Leaving Certificate Examination, 1919, 1919
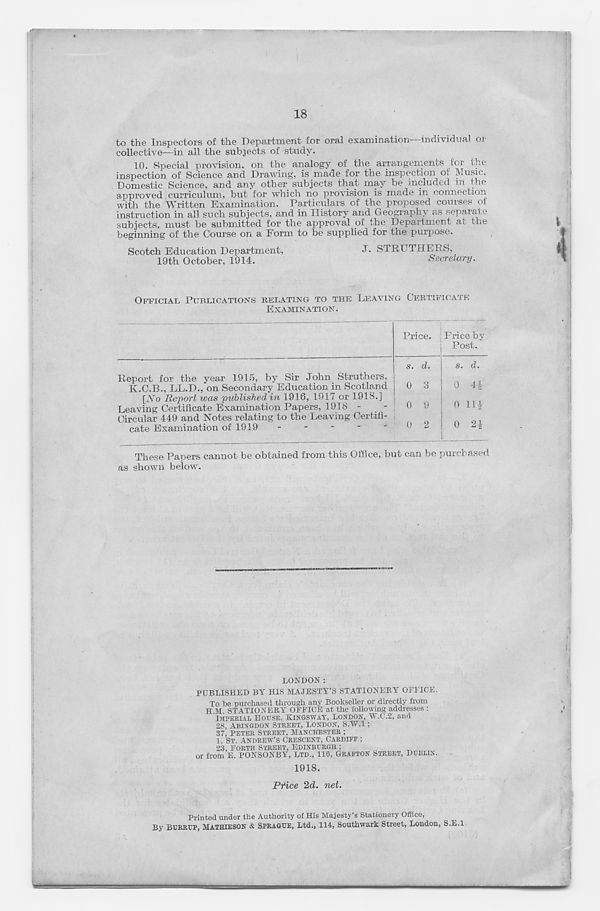
18
to the Inspectors of the Department for oral examination individual or
collective—in all the subjects of study.
10. Special provision, on the analogy of the arrangements for the
inspection of Science and Drawing, is made for the inspection o» JNiUsic,
Domestic Science, and any other subjects that may be included m the
approved curriculum, but for which no provision is made m connection
with the Written Examination. Particulars of the proposed courses of
instruction in all such subjects, and in History and Geography as separate
subjects, must be submitted for the approval of the Department at the
beginning of the Course on a Form to be supplied for the purpose.
Scotch Education Department,
J- STRXTTHKRS,
19th October, 1914.
Secretary.
OFFICIAL PUBLICATIONS RELATING TO THE LEAVING CERTIFICATE
EXAMINATION.
Price. Price by
Post.
Report for the year 1915, by Sir John Struthers,
K.C.B., LL.D., on Secondary Education in Scotland
[iVo Report was 'published in 1916, 1917 or 1918.]
Leaving Certificate Examination Papers, 1918 -
-
Circular 449 and Notes relating to the Leaving Certifi-
cate Examination of 1919
'
s. d.
0 41
0 114
0 2£
These Papers cannot be obtained from this Office, but can be purchased
as shown below.
LONDON:
PUBLISHED BY HIS MAJESTY’S STATIONERY OF1 ICE.
To be purchased through aiw Bookseller or directly from
H M STATIONERY OFFICE at the following addresses :
IMPERIAL HOUSE, KINGSWAY, LONDON, W.C.2, and
28, ABINGDON STREET, LONDON, S.Yf.l;
37, PETER STREET, MANCHESTER ;
1, ST. ANDREW’S CRESCENT, CARDIFF.;
23, FORTH STREET, EDINBURGH :
or from E. PONSONBY, LTD., 116, GRAFTON STREET, DUBLIN.
1918.
Price 2d. net.
Printed under the Authority of His Majesty’s Stationery Office,
By BURRUP, MATHIESON & SPRAGUE, Ltd., 114, Southwark Street, London, S.E.I